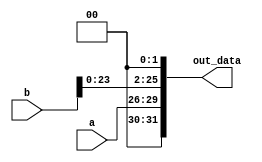
`timescale 1ns / 1ps

module II(
    input [3:0] a,
    input [25:0] b,
    output [31:0] out_data
);

    assign out_data = {a, b<<2};
    
endmodule